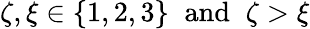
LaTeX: \zeta,\xi\in\{ 1,2,3\} \; \; \textrm{and}\; \; \zeta>\xi